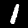
Label: 1